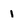
Character: 1